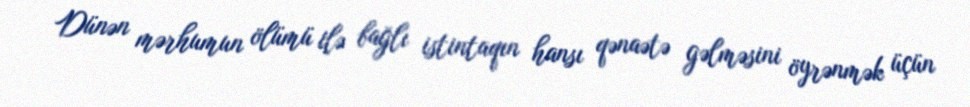
Dünən mərhumun ölümü ilə bağlı istintaqın hansı qənaətə gəlməsini öyrənmək üçün